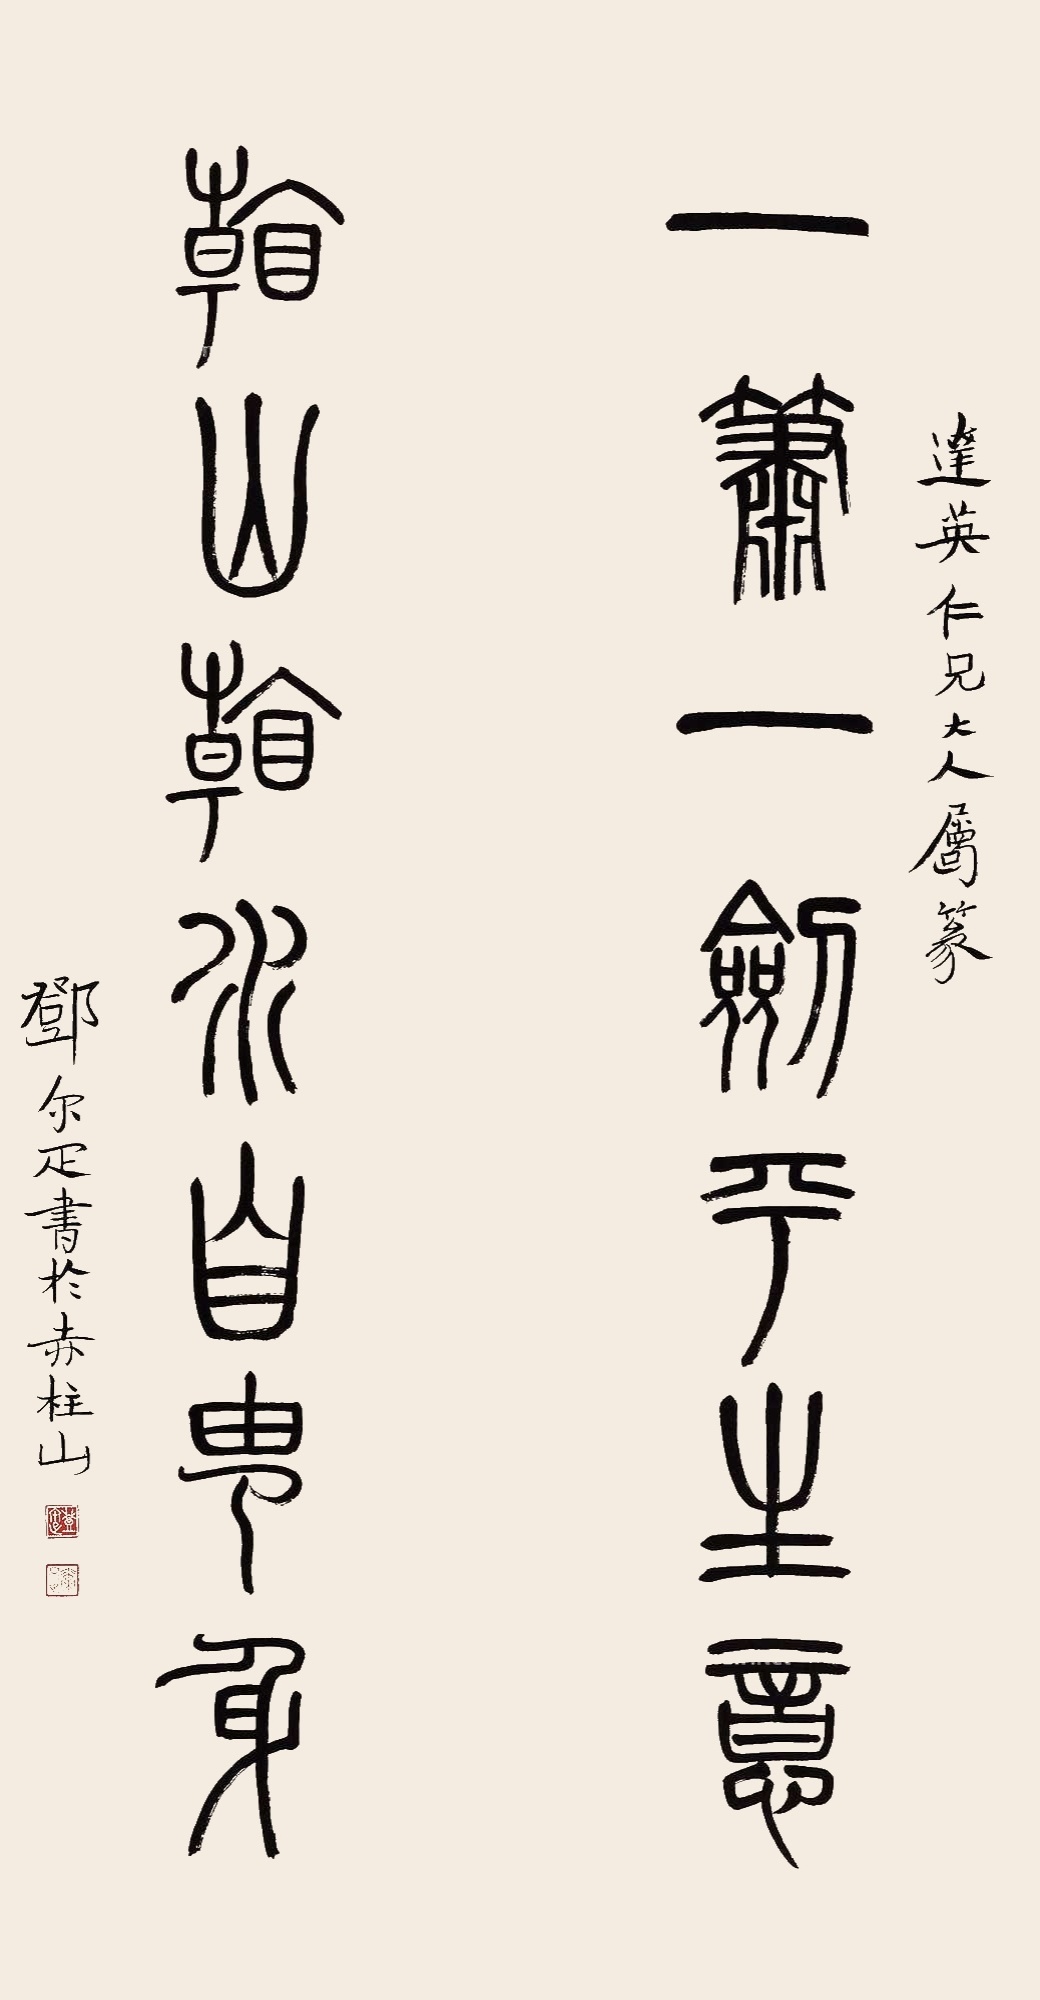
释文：一箫一剑平生意，看山看水自由身。达英仁兄大人属篆。邓尔疋书于赤柱山。